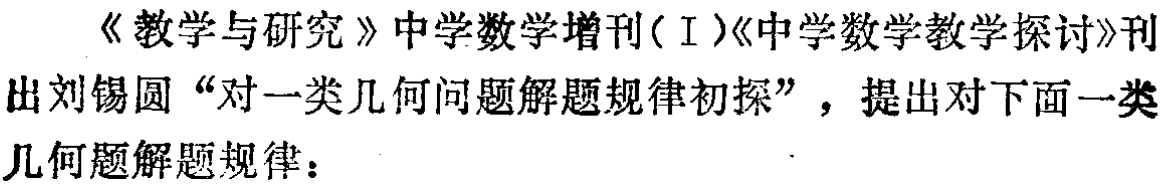
《教学与研究》中学数学增刊(Ⅰ)《中学数学教学探讨》刊出刘锡圆“对一类几何问题解题规律初探”，提出对下面一类几何题解题规律：